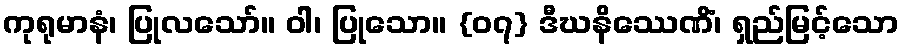
ကုရုမာနံ၊ ပြုလသော်။ ဝါ၊ ပြုသော။ {၀၇} ဒီဃနိဿေဏိံ၊ ရှည်မြင့်သော